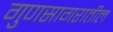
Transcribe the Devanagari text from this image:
गुणसागरातील